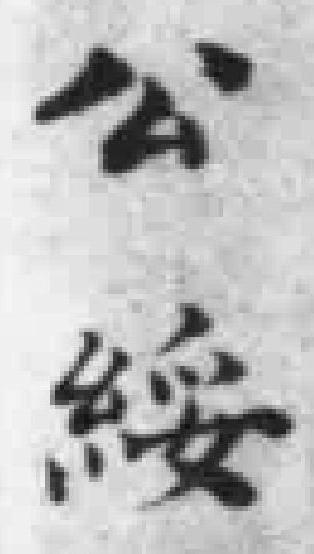
公绥